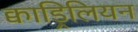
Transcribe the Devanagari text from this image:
क्वाड्रिलियन